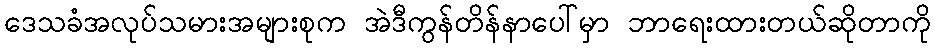
ဒေသခံအလုပ်သမားအများစုက အဲဒီကွန်တိန်နာပေါ်မှာ ဘာရေးထားတယ်ဆိုတာကို